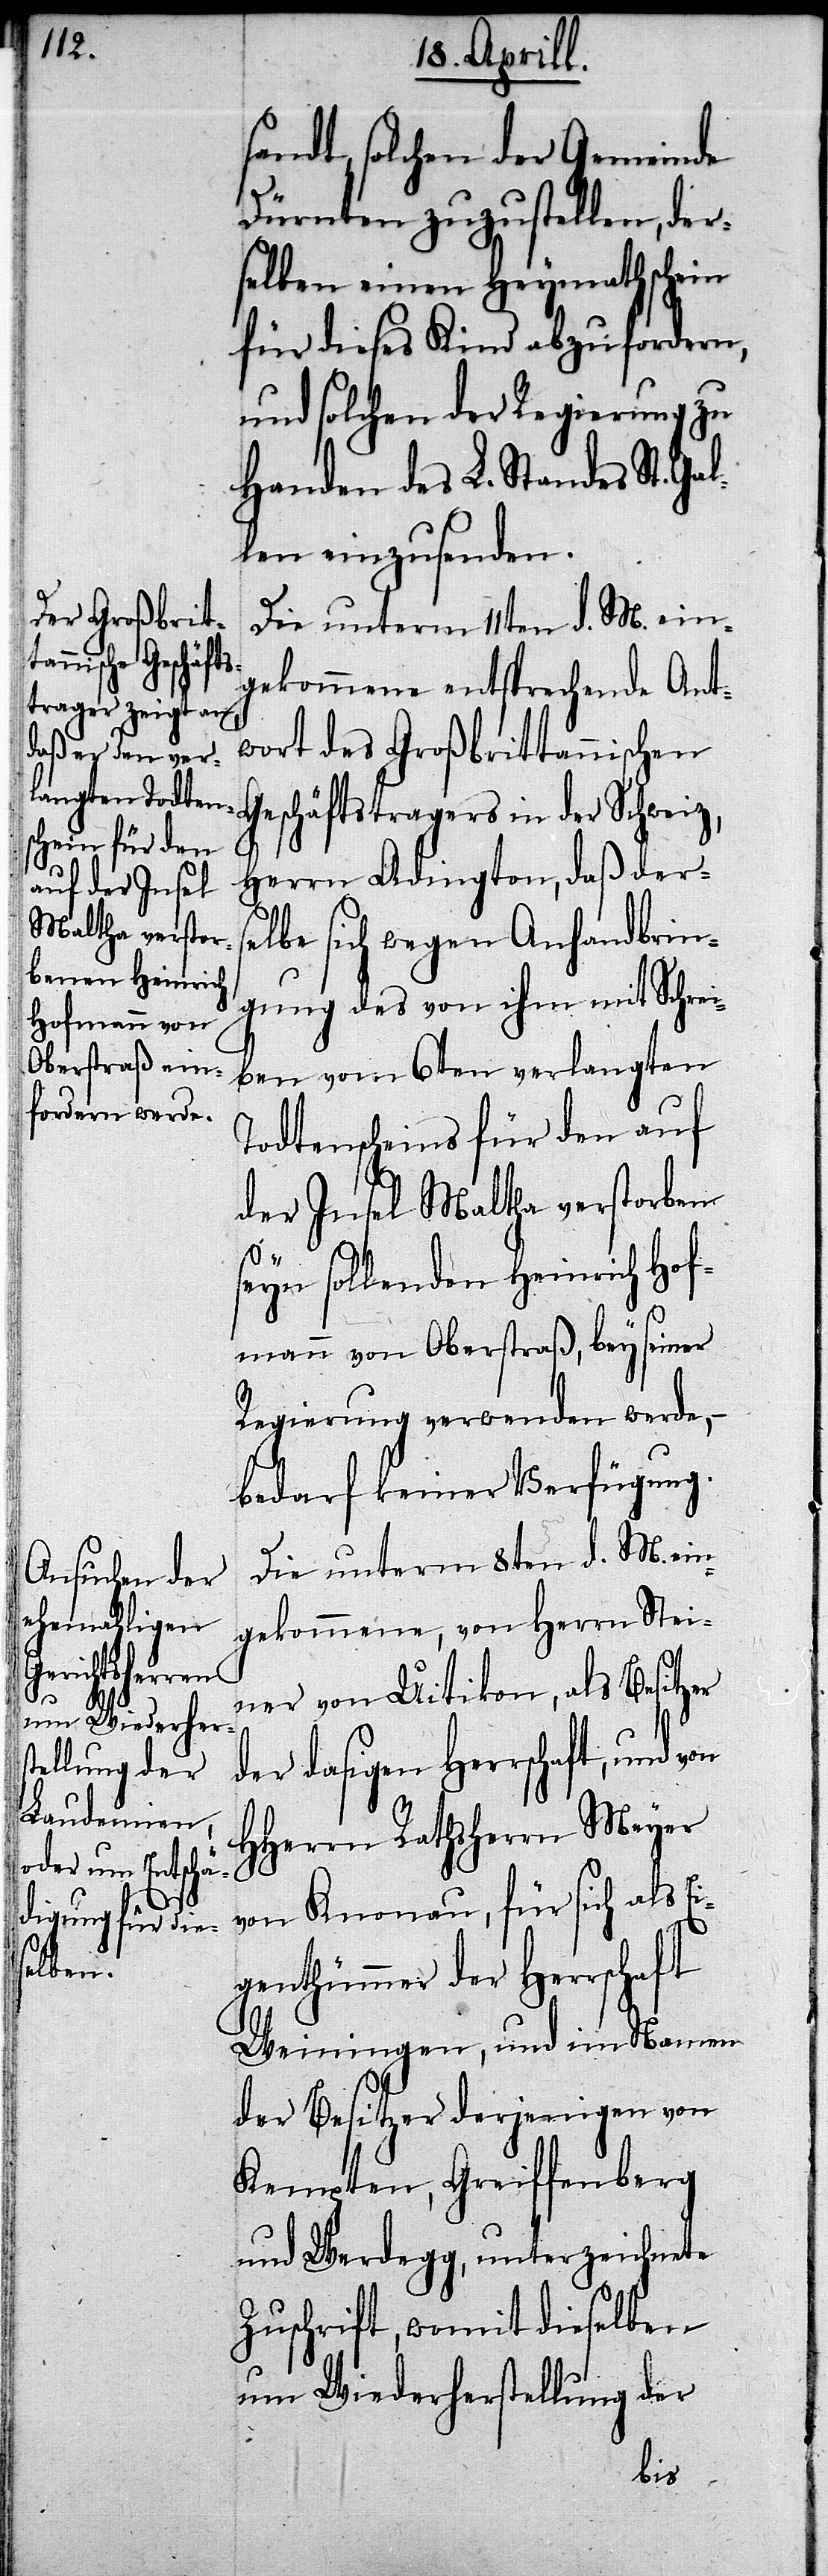
sandt, solchen der Gemeinde
Dürnten zuzustellen, der¬
selben einen Heymathschein
für dieses Kind abzufordern,
und solchen der Regierung zu
Handen des L. Standes St. Ga¬
llen einzusenden.
Die unterm 11ten d. M. ein¬
gekommene entsprechende Ant¬
wort des Großbrittannischen
Geschäftsträgers in der Schweiz,
Herrn Adington, daß ders¬
elbe sich wegen Anhandbrin¬
gung des von ihm mit Schrei¬
ben vom 6ten verlangten
Todtenscheins für den auf
der Insel Maltha verstorben
seyn sollenden Heinrich Hof¬
mann von Oberstraß, bey seiner
Regierung verwenden werde,–
bedarf keiner Verfügung.
Die unterm 8ten d. M. ein¬
gekommene, von Herrn Stei¬
ner von Uitikon, als Besitzer
der dasigen Herrschaft, und
HHerrn Rathsherrn Meyer
von Knonau, für sich als Ei¬
genthümer der Herrschaft
Weiningen, und im Namen
der Besitzer derjenigen von
Kempten, Greiffenberg
und Werdegg, unterzeichnete
Zuschrift, womit dieselben
um Wiederherstellung der